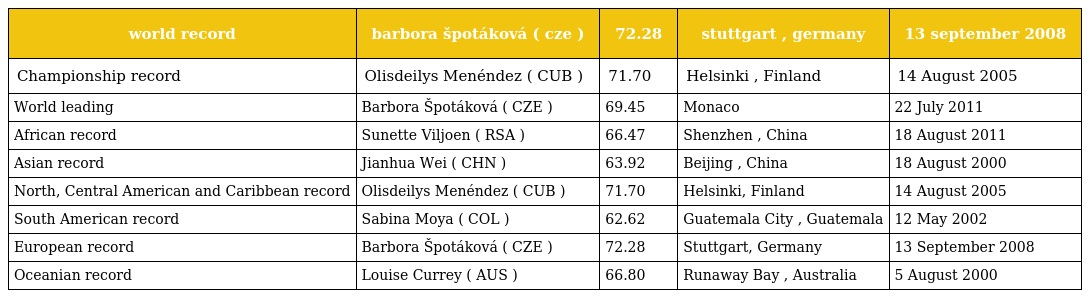
| world record | barbora špotáková ( cze ) | 72.28 | stuttgart , germany | 13 september 2008 |
 | --- | --- | --- | --- | --- |
 | Championship record | Olisdeilys Menéndez ( CUB ) | 71.70 | Helsinki , Finland | 14 August 2005 |
 | World leading | Barbora Špotáková ( CZE ) | 69.45 | Monaco | 22 July 2011 |
 | African record | Sunette Viljoen ( RSA ) | 66.47 | Shenzhen , China | 18 August 2011 |
 | Asian record | Jianhua Wei ( CHN ) | 63.92 | Beijing , China | 18 August 2000 |
 | North, Central American and Caribbean record | Olisdeilys Menéndez ( CUB ) | 71.70 | Helsinki, Finland | 14 August 2005 |
 | South American record | Sabina Moya ( COL ) | 62.62 | Guatemala City , Guatemala | 12 May 2002 |
 | European record | Barbora Špotáková ( CZE ) | 72.28 | Stuttgart, Germany | 13 September 2008 |
 | Oceanian record | Louise Currey ( AUS ) | 66.80 | Runaway Bay , Australia | 5 August 2000 |